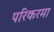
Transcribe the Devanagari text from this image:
परिकरमा